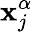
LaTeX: \mathbf{x}_{j}^{\alpha}